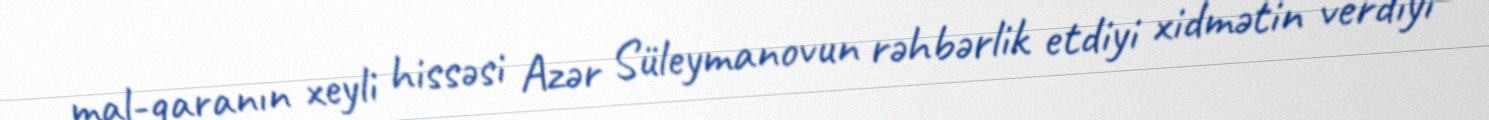
mal-qaranın xeyli hissəsi Azər Süleymanovun rəhbərlik etdiyi xidmətin verdiyi